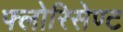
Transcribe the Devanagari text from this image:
फ्लोरिसेण्ट